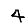
Digit: 4